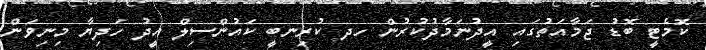
ކޮމެޓީ ބޮޑު ޖަމާއަތުގައި އީދުނަމާދުކުރުން ހދ ކުރިނބީ ކައުންސިލް އީދު ހަދިޔާ މިނިވަން